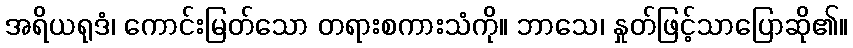
အရိယရုဒံ၊ ကောင်းမြတ်သော တရားစကားသံကို။ ဘာသေ၊ နှုတ်ဖြင့်သာပြောဆို၏။